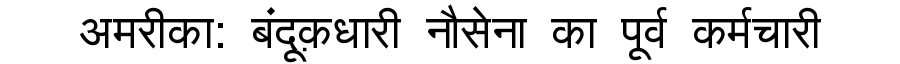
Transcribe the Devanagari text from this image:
अमरीका: बंदूक़धारी नौसेना का पूर्व कर्मचारी